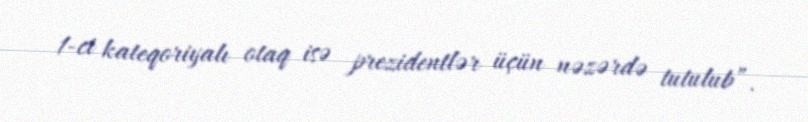
1-ci kateqoriyalı otaq isə prezidentlər üçün nəzərdə tutulub”.